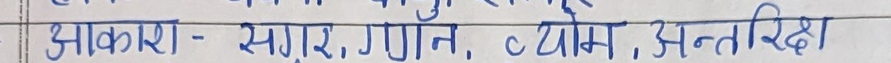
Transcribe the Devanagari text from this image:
आकाश-सगर, गगन, व्योम, अन्तरिक्ष